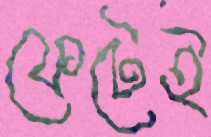
ফেটেই